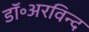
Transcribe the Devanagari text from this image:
डॉ॰अरविन्द